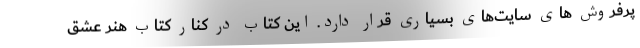
پرفروش های سایت‌های بسیاری قرار دارد. این کتاب در کنار کتاب هنر عشق